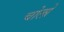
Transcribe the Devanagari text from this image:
चोलो